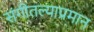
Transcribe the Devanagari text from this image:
संगीतल्याप्रमान